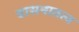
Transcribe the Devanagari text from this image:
वासनातत्व